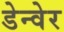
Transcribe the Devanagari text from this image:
डेन्वेर